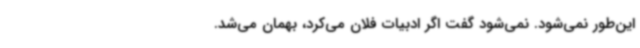
این‌طور نمی‌شود. نمی‌شود گفت اگر ادبیات فلان می‌کرد، بهمان می‌شد.